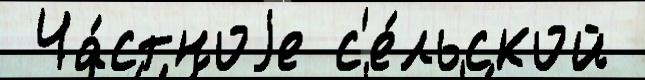
 Ча́стноjе с'е́льской